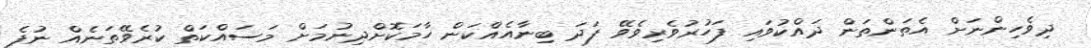
ދިވެހިންނަށް އެތަންތަން ދައްކުވައި ފަހުރުވެރިވެވޭ ފަދަ ބިނާއެއްކަން ހާމަކޮށްދިނުމަށް މަސައްކަތް ކުރެވޭތަނެއް ނުފެ